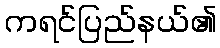
ကရင်ပြည်နယ်၏